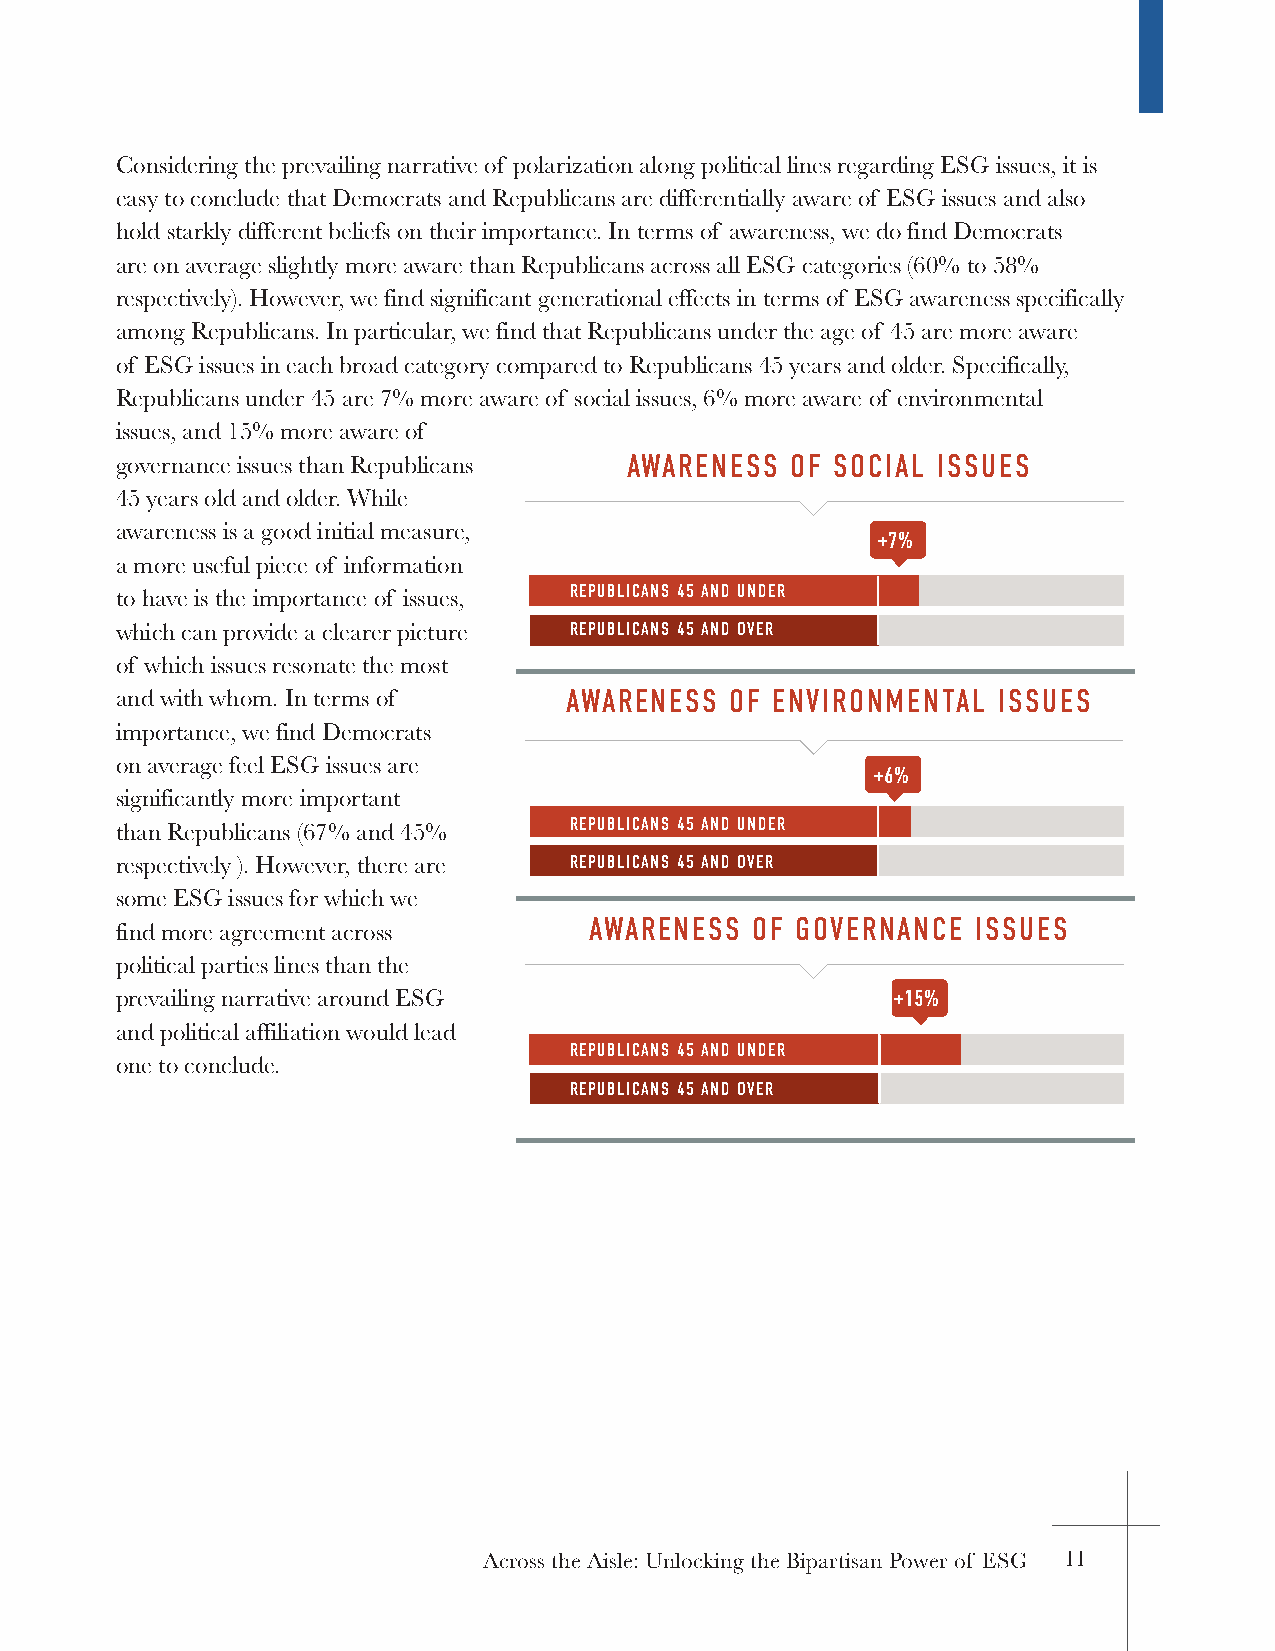
Considering the prevailing narrative of polarization along political lines regarding ESG issues, it is
 easy to conclude that Democrats and Republicans are differentially aware of ESG issues and also
 hold starkly different beliefs on their importance. In terms of awareness, we do find Democrats
 are on average slightly more aware than Republicans across all ESG categories (60% to 58%
 respectively). However, we find significant generational effects in terms of ESG awareness specifically
 among Republicans. In particular, we find that Republicans under the age of 45 are more aware
 of ESG issues in each broad category compared to Republicans 45 years and older. Specifically,
 Republicans under 45 are 7% more aware of social issues, 6% more aware of environmental
 issues, and 15% more aware of
 governance issues than Republicans AWARENESS OF SOCIAL ISSUES
 45 years old and older. While
 awareness is a good initial measure,
 +7%
 a more useful piece of information
 REPUBLICANS 45 AND UNDER
 to have is the importance of issues,
 which can provide a clearer picture REPUBLICANS 45 AND OVER
 of which issues resonate the most
 and with whom. In terms of   AWARENESS  OF ENVIRONMENTAL  ISSUES
 importance, we find Democrats
 on average feel ESG issues are
 +6%
 significantly more important
 REPUBLICANS 45 AND UNDER
 than Republicans (67% and 45%
 respectively ). However, there are REPUBLICANS 45 AND OVER
 some ESG issues for which we
 AWARENESS  OF GOVERNANCE  ISSUES
 find more agreement across
 political parties lines than the
 prevailing narrative around ESG                    +15%
 and political affiliation would lead
 REPUBLICANS 45 AND UNDER
 one to conclude.
 REPUBLICANS 45 AND OVER
 Across the Aisle: Unlocking the Bipartisan Power of ESG 11